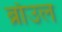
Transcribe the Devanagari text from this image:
ब्राॅउल